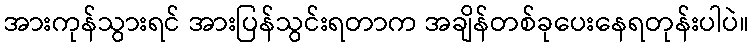
အားကုန်သွားရင် အားပြန်သွင်းရတာက အချိန်တစ်ခုပေးနေရတုန်းပါပဲ။